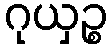
ဂုယှဉ္စ